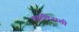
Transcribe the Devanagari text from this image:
महाविनाशी